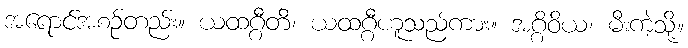
အရောင်အစဉ်တည်း။ ယထဂ္ဂီတိ၊ ယထဂ္ဂီဟူသည်ကား။ အဂ္ဂိဝိယ၊ မီးကဲ့သို့။